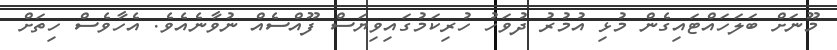
މޫނަށް ބަލަހައްޓައިގެން މުޅި އުމުރު ދުވަހު ހުރިކަމުގައިވިޔަސް ފޫއްސެއް ނުވާނެއެވެ. އެހާވެސް ހިތަށް